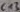
Text: C13